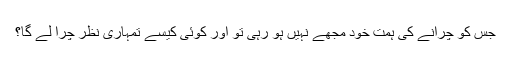
جس کو چرانے کی ہمت خود مجھے نہیں ہو رہی تو اور کوئی کیسے تمہاری نظر چرا لے گا؟